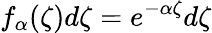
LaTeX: f_{\alpha}(\zeta)d\zeta=e^{-\alpha\zeta}d\zeta